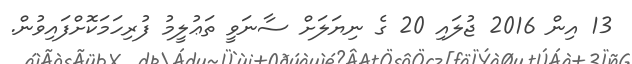
13 އިން 2016 ޖުލައި 20 ގެ ނިޔަލަށް ސާނަވީ ތަޢުލީމު ފުރިހަމަކޮށްފައިވުން.